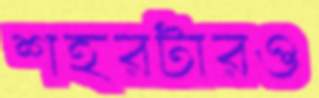
শহরটারও